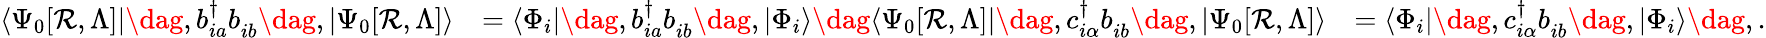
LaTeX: \begin{array}{rlr}{\langle\Psi_{0}[\mathcal{R},\Lambda]|\dag,b_{ia}^{\dagger}b_{ib}^{\phantom{\dagger}}\dag,|\Psi_{0}[\mathcal{R},\Lambda]\rangle}&{=\langle\Phi_{i}|\dag,b_{ia}^{\dagger}b_{ib}^{\phantom{\dagger}}\dag,|\Phi_{i}\rangle\dag\langle\Psi_{0}[\mathcal{R},\Lambda]|\dag,c_{i\alpha}^{\dagger}b_{ib}^{\phantom{\dagger}}\dag,|\Psi_{0}[\mathcal{R},\Lambda]\rangle}&{=\langle\Phi_{i}|\dag,c_{i\alpha}^{\dagger}b_{ib}^{\phantom{\dagger}}\dag,|\Phi_{i}\rangle\dag,.}\end{array}